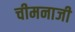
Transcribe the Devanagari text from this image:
चीमनाजी